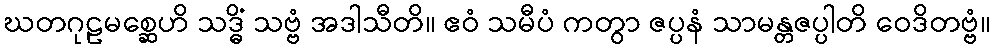
ဃတဂုဠမစ္ဆေဟိ သဒ္ဓိံ သဗ္ဗံ အဒါသီတိ။ ဧဝံ သမီပံ ကတွာ ဇပ္ပနံ သာမန္တဇပ္ပါတိ ဝေဒိတဗ္ဗံ။